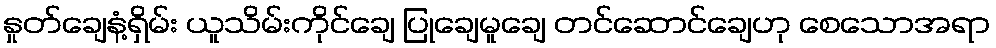
နှုတ်ချေနံ့ရှိမ်း ယူသိမ်းကိုင်ချေ ပြုချေမူချေ တင်ဆောင်ချေဟု စေသောအရာ